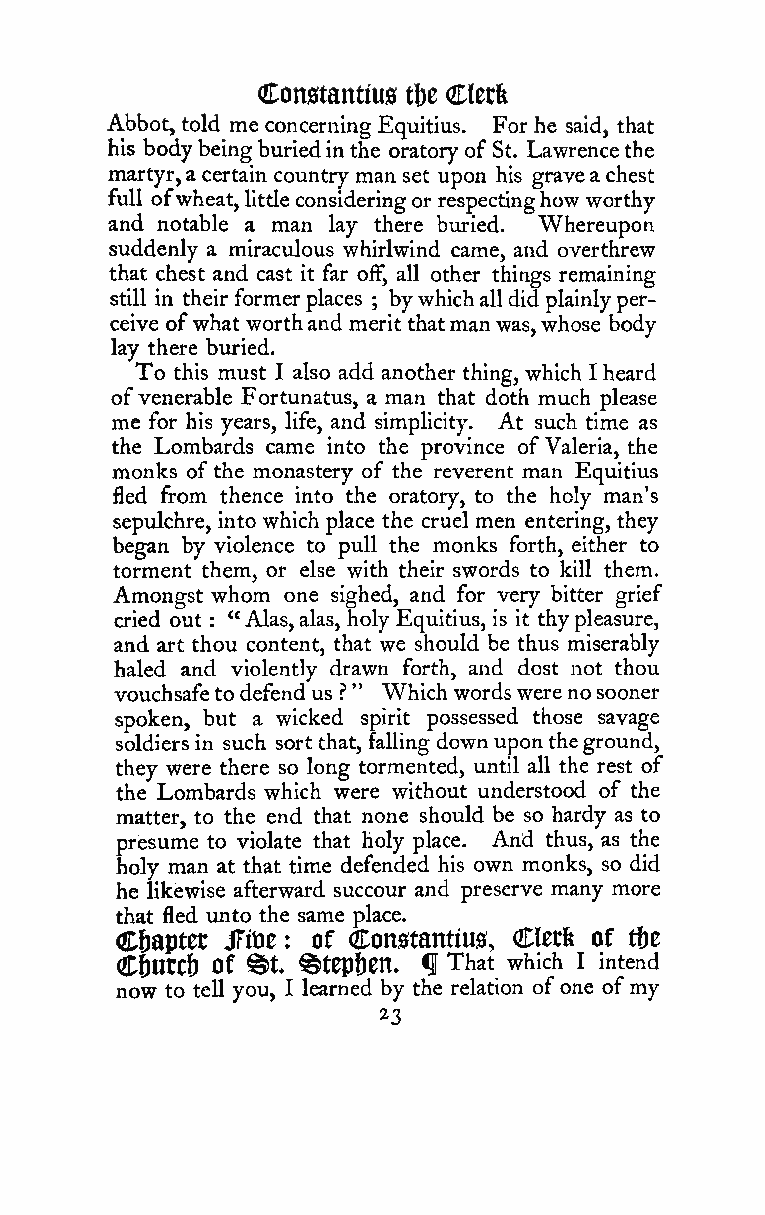
Con0tantius ttjc Clerfe
 Abbot, told me concerning Equitius. For he said, that
 his bodybeingburiedinthe oratoryof St. Lawrencethe
 martyr,a certain country man set upon his graveachest
 full ofwheat,littleconsideringor respectinghow worthy
 and notable a man lay there buried. Whereupon
 suddenly a miraculous whirlwind came, and overthrew
 that chest and cast it far off, all other things remaining
 still in their formerplaces ; bywhichalldidplainlyper-
 ceive ofwhat worthand merit thatmanwas,whose body
 lay there buried.
 To this must I also add another thing, which I heard
 ofvenerable Fortunatus, a man that doth much please
 me for his years, life, and simplicity. At such time as
 the Lombards came into the province ofValeria, the
 monks ofthe monastery of the reverent man Equitius
 fled from thence into the oratory, to the holy man's
 sepulchre, into which place the cruel men entering, they
 began by violence to pull the monks forth, either to
 torment them, or else with their swords to kill them.
 Amongst whom one sighed, and for very bitter grief
 cried out : " Alas,alas, holy Equitius, is it thypleasure,
 and art thou content, that we should be thus miserably
 haled and violently drawn forth, and dost not thou
 vouchsafetodefendus ? " Which wordswerenosooner
 spoken, but a wicked spirit possessed those savage
 soldiers in such sort that, falling downupontheground,
 they were there so long tormented, until all the rest of
 the Lombards which were without understood of the
 matter, to the end that none should be so hardy as to
 presume to violate that holy place. And thus, as the
 holy man at that time defended his own monks, so did
 he likewise afterward succour and preserve many more
 that fled unto the same place.
 Chapter JFtoe of Constantius, Clerfe of tbe
 C6utC|j of
 ^t:
 ^tep5en. ^ That which I intend
 now to tell you, I learned by the relation ofone ofmy
 23